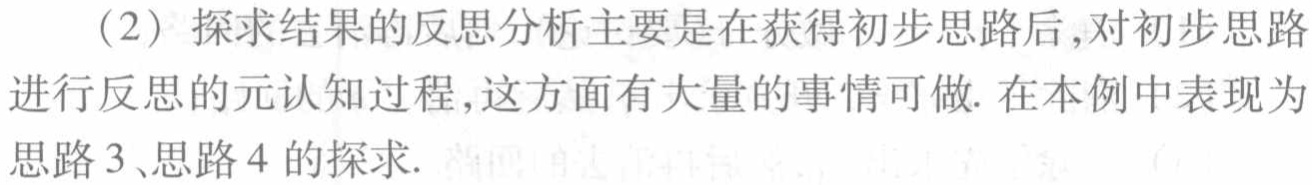
（2）探求结果的反思分析主要是在获得初步思路后,对初步思路进行反思的元认知过程,这方面有大量的事情可做. 在本例中表现为思路 3、思路 4 的探求.